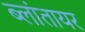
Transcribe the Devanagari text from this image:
ब्लांतायर